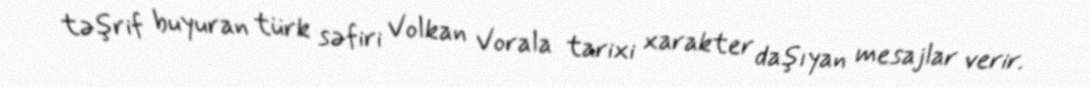
təşrif buyuran türk səfiri Volkan Vorala tarixi xarakter daşıyan mesajlar verir.